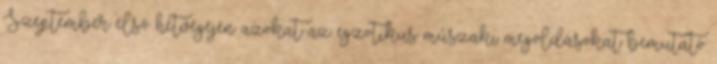
Szeptember első hétvégéjén azokat az egzotikus műszaki megoldásokat bemutató